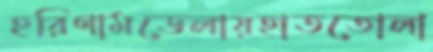
হরিণামডেলায়হাততোলা